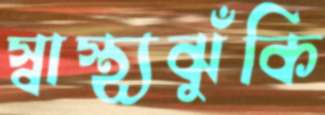
স্বাস্থ্যঝুঁকি